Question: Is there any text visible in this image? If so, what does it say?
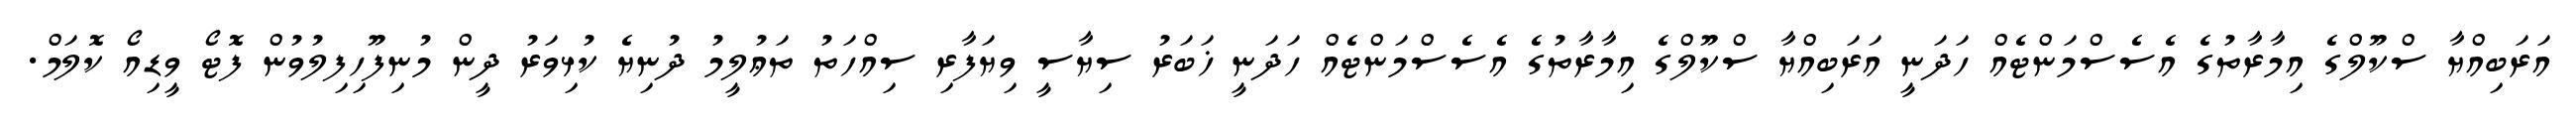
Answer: އަރަބިއްޔާ ސްކޫލްގެ އިމާރާތުގެ އެސެސްމަންޓެއް ހަދަނީ އަރަބިއްޔާ ސްކޫލްގެ އިމާރާތުގެ އެސެސްމަންޓެއް ހަދަނީ ޚަބަރު ސިޔާސީ ވިޔަފާރި ސިއްހަތު ތަޢުލީމު ދުނިޔެ ކުޅިވަރު ދީން މުނިފޫހިފިލުވުން ފޮޓޯ ވީޑިއޯ ކޮލަމް.